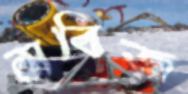
সবিজ